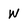
Character: w